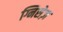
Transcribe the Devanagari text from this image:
ग्निसेज़